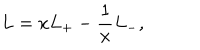
LaTeX: L = x L _ { + } - \frac { 1 } { x } L _ { - } ,